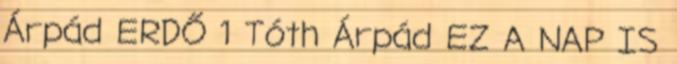
Árpád ERDŐ 1 Tóth Árpád EZ A NAP IS